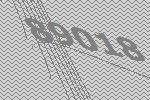
89018